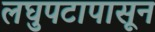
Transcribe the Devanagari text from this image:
लघुपटापासून